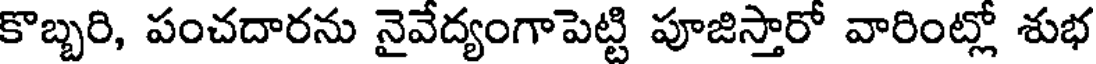
కొబ్బరి, పంచదారను నైవేద్యంగాపెట్టి పూజిస్తారో వారింట్లో శుభ